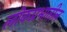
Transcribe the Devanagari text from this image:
लोकप्रभातील